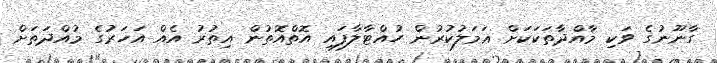
ގާނޫނުގެ ވަކި މާއްދާތަކަކަށް ޢަމަލުކުރުން ހުއްޓާލާފައި އޮތްއޮތުން އިތުރު އެއް އަހަރުގެ މުއްދަތަށް